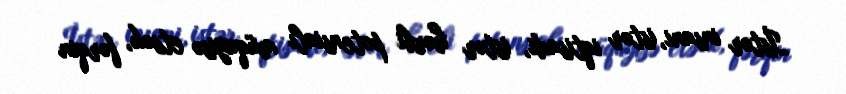
İstər insani, istər iqtisadi, istər hərbi potensialı müqayisə etsək, fərqin